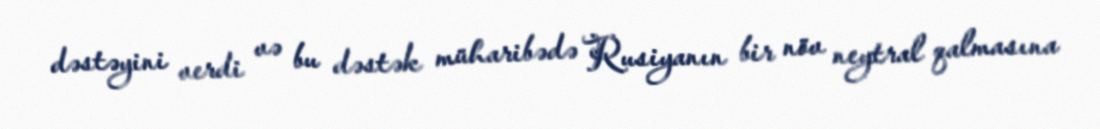
dəstəyini verdi və bu dəstək müharibədə Rusiyanın bir növ neytral qalmasına